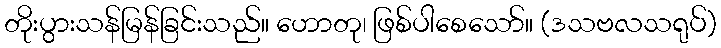
တိုးပွားသန်မြန်ခြင်းသည်။ ဟောတု၊ ဖြစ်ပါစေသော်။ (ဒသဗလသရုပ်)